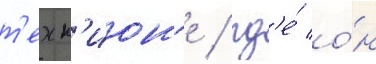
т'ехн'ион'е / гд'е́ о́н